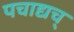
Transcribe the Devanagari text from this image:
पचाद्यच्